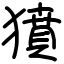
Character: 獖